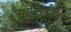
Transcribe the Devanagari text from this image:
सुरक्षिततेवर